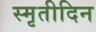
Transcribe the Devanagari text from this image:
स्मृतीदिन